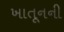
ખાતૂનની